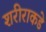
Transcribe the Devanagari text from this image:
शरीराकडे